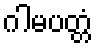
ဂါမပတ္တံ